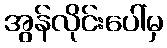
အွန်လိုင်းပေါ်မှ